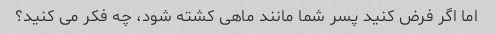
اما اگر فرض کنید پسر شما مانند ماهی کشته شود، چه فکر می کنید؟